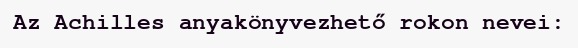
Az Achilles anyakönyvezhető rokon nevei: